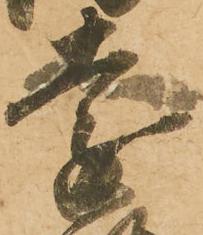
遠